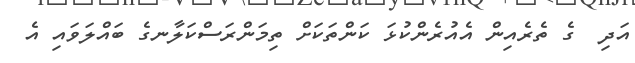
އަދި  ގެ ތެރެއިން އެއުރެންކުޅަ ކަންތަކަށް ތިމަންރަސްކަލާނގެ ބައްލަވައި އެ